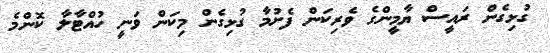
ގުޅިގެން ރައީސް ޔާމީންގެ ވެރިކަން ފެށުމާ ގުޅިގެން މިކަން ވަނީ ހުއްޓާލާ ކޮންމެ